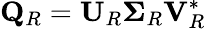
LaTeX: \mathbf{Q}_{R}=\mathbf{U}_{R}\boldsymbol{\Sigma}_{R}\mathbf{V}_{R}^{*}